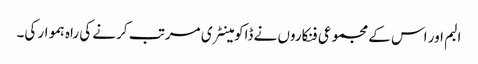
البم اور اس کے مجموعی فنکاروں نے ڈاکومینٹری مرتب کرنے کی راہ ہموار کی۔